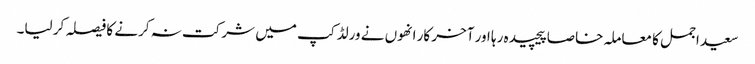
سعید اجمل کا معاملہ خاصا پیچیدہ رہا اور آخر کار انھوں نے ورلڈ کپ میں شرکت نہ کرنے کا فیصلہ کر لیا۔